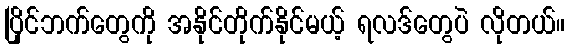
ပြိုင်ဘက်တွေကို အနိုင်တိုက်နိုင်မယ့် ရလဒ်တွေပဲ လိုတယ်။